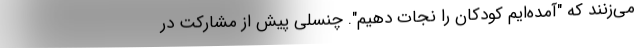
می‌زنند که "آمده‌ایم کودکان را نجات دهیم". چنسلی پیش از مشارکت در